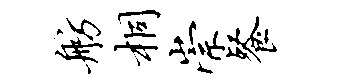
舫桐崇餐